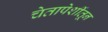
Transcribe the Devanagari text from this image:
चेतापेशींतून